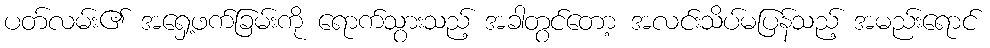
ပတ်လမ်း၏ အရှေ့ဖက်ခြမ်းကို ရောက်သွားသည့် အခါတွင်တော့ အလင်းသိပ်မပြန်သည့် အမည်းရောင်